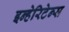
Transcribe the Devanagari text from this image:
इन्हेरिटेन्स